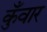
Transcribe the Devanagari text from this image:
कुँवार